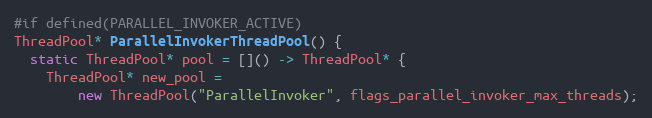
Language: C++
#if defined(PARALLEL_INVOKER_ACTIVE)
ThreadPool* ParallelInvokerThreadPool() {
  static ThreadPool* pool = []() -> ThreadPool* {
    ThreadPool* new_pool =
        new ThreadPool("ParallelInvoker", flags_parallel_invoker_max_threads);